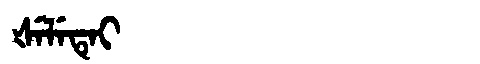
Manchu: ᡧᡝᠯᡝᡨᡝᡳ
Romanization: ŠELETEI